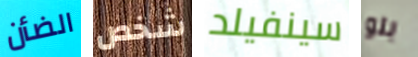
الضأن شخص سينفيلد بلو